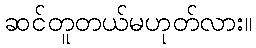
ဆင်တူတယ်မဟုတ်လား။